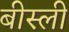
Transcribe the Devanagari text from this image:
बीस्ली